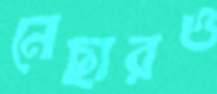
নেছারও